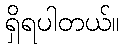
ရှိရပါတယ်။